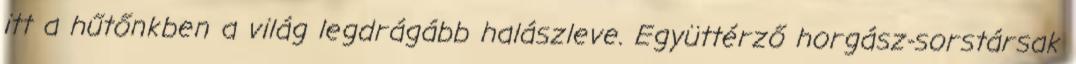
itt a hűtőnkben a világ legdrágább halászleve. Együttérző horgász-sorstársak